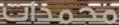
مجمدات